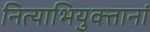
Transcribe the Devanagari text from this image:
नित्याभियुक्तानां